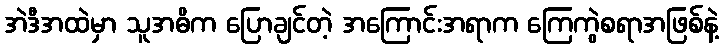
အဲဒီအထဲမှာ သူအဓိက ပြောချင်တဲ့ အကြောင်းအရာက ကြေကွဲစရာအဖြစ်နဲ့